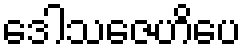
ဒေါသဇေဟိပေ